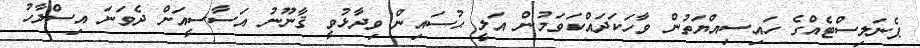
ޕެނަލިސްޓެއްގެ ހައިސިއްޔަތުން ވާހަކަދައްކަވަމުން އަލީ ޙުސައިން ވިދާޅުވީ ޤާނޫނު އަސާސީއަށް ދެވަނަ އިސްލާހު